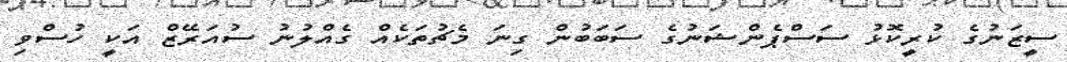
ސީޒަނުގެ ކުރީކޮޅު ސަސްޕެންޝަނުގެ ސަބަބުން ގިނަ މެޗުތަކެއް ގެއްލުނު ސުއަރޭޒް އަކީ ހުސްވި